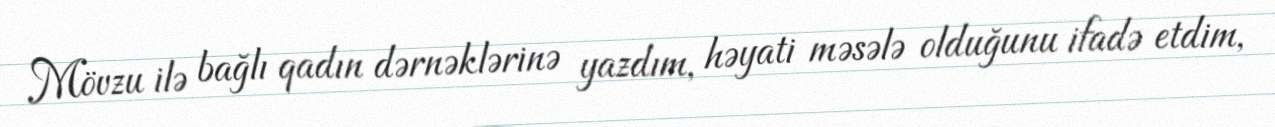
Mövzu ilə bağlı qadın dərnəklərinə yazdım, həyati məsələ olduğunu ifadə etdim,